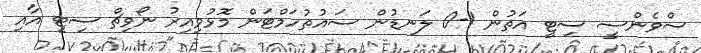
ސްވެންސީ ސިޓީ އަތުން 1-0 ލަނޑުން ސައުތުހަމްޓަން މޮޅުވިއިރު ނޯވިޗް ސިޓީ އާއި